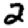
Digit: 2